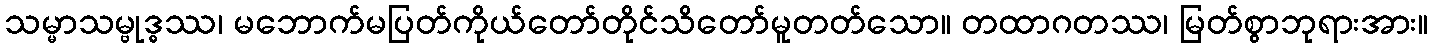
သမ္မာသမ္ဗုဒ္ဓဿ၊ မဘောက်မပြတ်ကိုယ်တော်တိုင်သိတော်မူတတ်သော။ တထာဂတဿ၊ မြတ်စွာဘုရားအား။